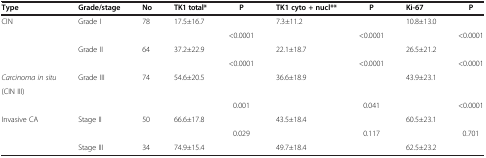
<table><thead><tr><td><b>Type</b></td><td><b>Grade/stage</b></td><td><b>No</b></td><td><b>TK1 total*</b></td><td><b>P</b></td><td><b>TK1 cyto + nucl**</b></td><td><b>P</b></td><td><b>Ki-67</b></td><td><b>P</b></td></tr></thead><tbody><tr><td>CIN</td><td>Grade I</td><td>78</td><td>17.5±16.7</td><td> </td><td>7.3±11.2</td><td> </td><td>10.8±13.0</td><td> </td></tr><tr><td> </td><td> </td><td> </td><td> </td><td>&lt;0.0001</td><td> </td><td>&lt;0.0001</td><td> </td><td>&lt;0.0001</td></tr><tr><td> </td><td>Grade II</td><td>64</td><td>37.2±22.9</td><td> </td><td>22.1±18.7</td><td> </td><td>26.5±21.2</td><td> </td></tr><tr><td> </td><td> </td><td> </td><td> </td><td>&lt;0.0001</td><td> </td><td>&lt;0.0001</td><td> </td><td>&lt;0.0001</td></tr><tr><td><i>Carcinoma in situ</i></td><td rowspan="2">Grade III</td><td rowspan="2">74</td><td rowspan="2">54.6±20.5</td><td rowspan="2"> </td><td rowspan="2">36.6±18.9</td><td rowspan="2"> </td><td rowspan="2">43.9±23.1</td><td rowspan="2"> </td></tr><tr><td>(CIN III)</td></tr><tr><td> </td><td> </td><td> </td><td> </td><td>0.001</td><td> </td><td>0.041</td><td> </td><td>&lt;0.0001</td></tr><tr><td>Invasive CA</td><td>Stage II</td><td>50</td><td>66.6±17.8</td><td> </td><td>43.5±18.4</td><td> </td><td>60.5±23.1</td><td> </td></tr><tr><td> </td><td> </td><td> </td><td> </td><td>0.029</td><td> </td><td>0.117</td><td> </td><td>0.701</td></tr><tr><td> </td><td>Stage III</td><td>34</td><td>74.9±15.4</td><td> </td><td>49.7±18.4</td><td> </td><td>62.5±23.2</td><td> </td></tr></tbody></table>